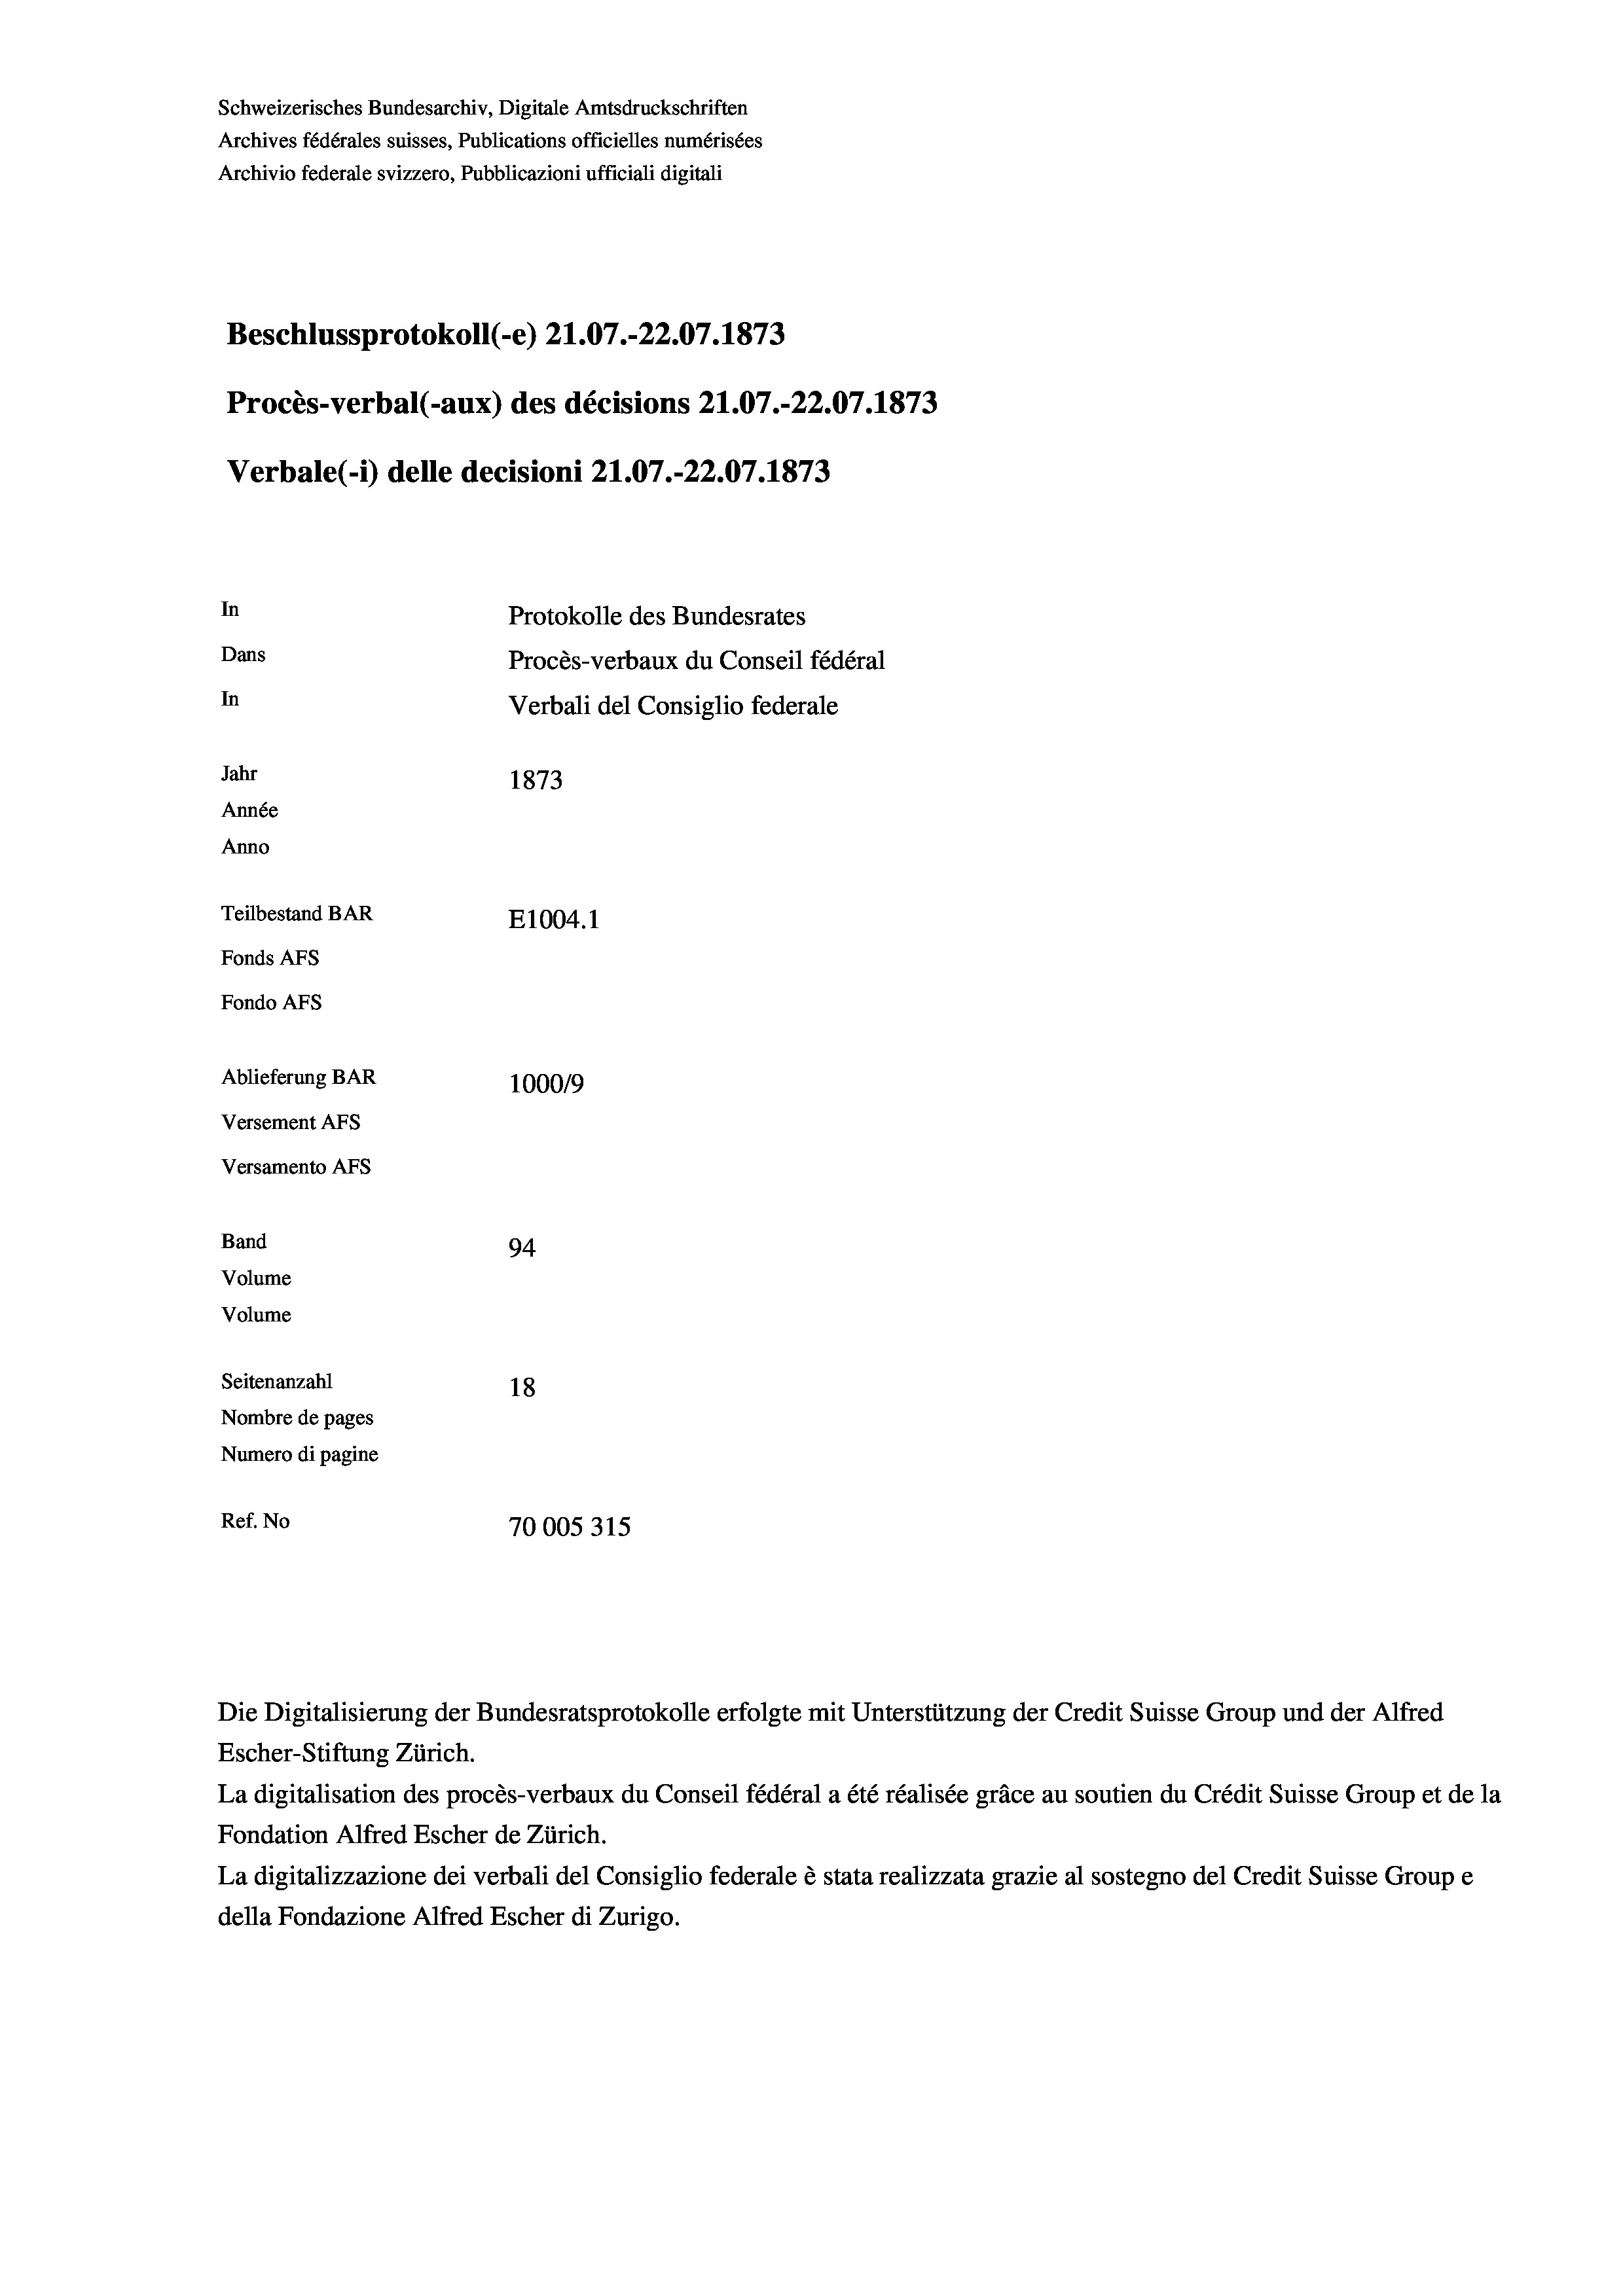
Schweizerisches Bundesarchiv, Digitale Amtsdruckschriften
Archives fédérales suisses, Publications officielles numérisées
Archivio federale svizzero, Pubblicazioni ufficiali digitali
Beschlussprotokoll (-e) 21.07.-22.07. 1873
Procès-verbal (-aux) des décisions 21.07.-22.07. 1873
Verbale(1) delle decisioni 21.07.-22.07. 1873
In
Protokolle des Bundesrates
Dans
Procès-verbaux du Conseil fédéral
In
Verbali del Consiglio federale
Jahr
1873
Année
Anno
Teilbestand BAR
E1004. 1
Fonds Afs
Fondo AFS
Ablieferung BAR
100019
Versement AFs
Versamento AFs
Band
94.
Volume
Volume

Seitenanzahl
18
Nombre de pages
Numero di pagine
Ref. No
70005315

La digitalisation des procès-verbaux du Conseil fédéral a été réalisée gräce au soutien du Crédit Suisse Group et de la
Fondation Alfred Escher de Zürich.
La digitalizzazione dei verbali del Consiglio federale è stata realizzata grazie al sostegno del Credit Suisse Groupe
della Fondazione Alfred Escher di Zurigo.

Die Digitalisierung der Bundesratsprotokolle erfolgte mit Unterstützung der Credit Suisse Group und der Alfred
Escher-Stiftung Zürich.